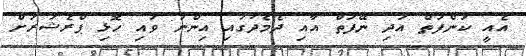
އެއީ ކަންފަތް އަދި ނޭފަތް އާއި ދެމެދުގައި އިންނަ ވައި ހޮޅި ޕްރެޝަރަށް